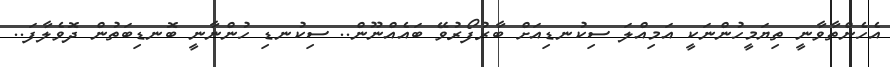
އެހެންތާވާނީ ތިޔަމީހުންނަކީ އަމިއްލަ ސިކުނޑިއަށް ބާރުފޯރުވޭ ބައެއްނޫން.. ސިކުނޑި ހުންނާނީ ބޮނޑިބަތުން ދޮވެލާފަ..